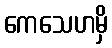
ကေသေဟမှိ